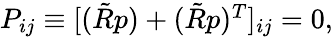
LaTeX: \begin{array}{r}{P_{ij}\equiv[(\tilde{R}p)+(\tilde{R}p)^{T}]_{ij}=0,}\end{array}